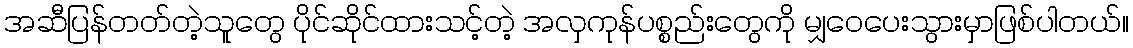
အဆီပြန်တတ်တဲ့သူတွေ ပိုင်ဆိုင်ထားသင့်တဲ့ အလှကုန်ပစ္စည်းတွေကို မျှဝေပေးသွားမှာဖြစ်ပါတယ်။